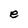
Character: e